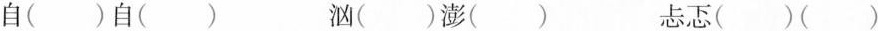
自( )自( ) 汹( )澎( ) 忐忑( )( )